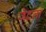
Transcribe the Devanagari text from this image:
जेटला